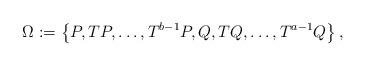
LaTeX: \begin{align*}\Omega:=\left\{ P, TP,\ldots, T^{b-1} P, Q, TQ,\ldots, T^{a-1}Q\right\},\end{align*}